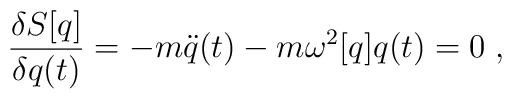
{\delta S[q] \over \delta q(t)} = - m \ddot{q}(t) - m \omega^2[q] q(t) = 0 \; ,